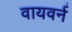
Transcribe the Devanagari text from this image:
वायवर्न